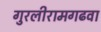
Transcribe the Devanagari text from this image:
गुरलीरामगढवा